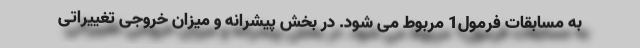
به مسابقات فرمول1 مربوط می شود. در بخش پیشرانه و میزان خروجی تغییراتی